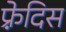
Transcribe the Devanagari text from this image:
फ़्रेदिस